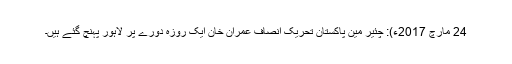
24 مارچ 2017ء): چئیر مین پاکستان تحریک انصاف عمران خان ایک روزہ دورے پر لاہور پہنچ گئے ہیں۔